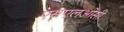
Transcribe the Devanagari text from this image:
एसएलओसी